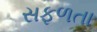
સફળતા